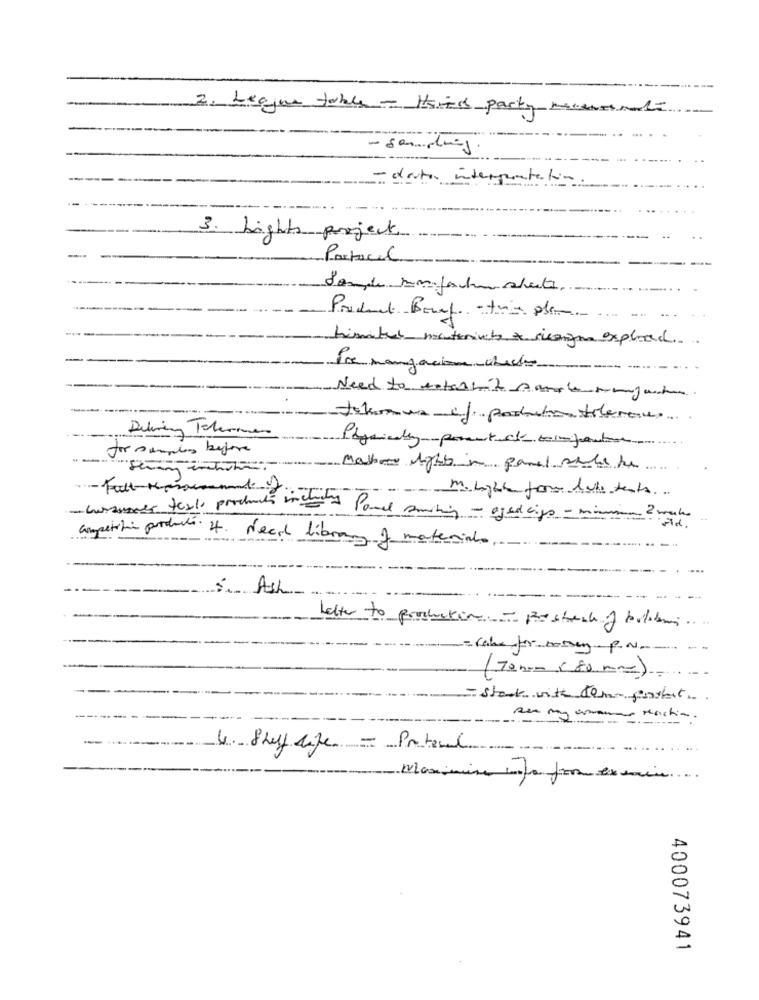
2. League table - Haired party mensende
- destar interpretation
3. Lights project
Partacil
Sonde somfachu charite.
Product Bouef -tie plan
himber menterincts & sieange exploand ...
Pre mangacione- check
. .
Need to detail't sale muyart.
During Tohermes
Physicallyparent che timporter
for samples before
===- maker light in panel welche
-- muligheten for heute tents.
- bussumals texts products includes Panel smiling - aged cips - min
Competition porcharts. 4. Need library of materials,
5. Ash
Letter to production - Bestech of bolibom
= cake for botry-p.N -- -.
(70 nom (80 mm) .
= start with tem- postat
see my amours Machin.
4. Shelf life - Proteml
.. ..
Maximine info from examine
...
400073941